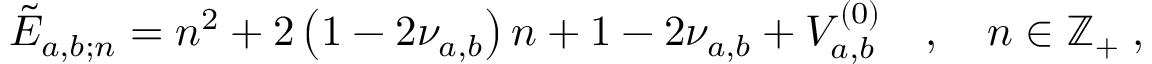
\tilde { E } _ { a , b ; \mathscr { n } } = \mathscr { n } ^ { 2 } + 2 \left( 1 - 2 \nu _ { a , b } \right) \mathscr { n } + 1 - 2 \nu _ { a , b } + V _ { a , b } ^ { ( 0 ) } \quad , \quad \mathscr { n } \in \mathbb { Z } _ { + } \; ,